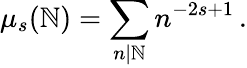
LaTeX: \mu_{s}(\mathbb{N})=\sum_{n|\mathbb{N}}n^{-2s+1}\, .